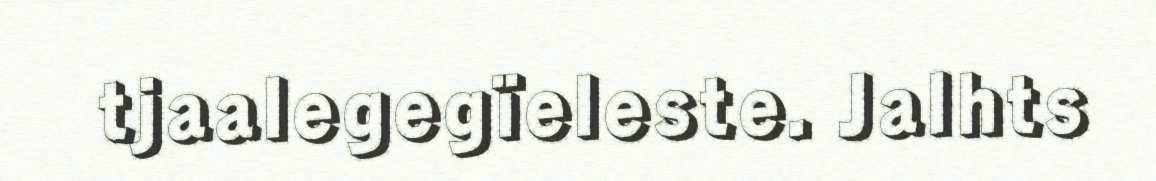
tjaalegegïeleste. Jalhts